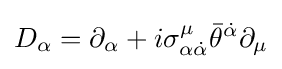
D_{\alpha }=\partial _{\alpha }+i\sigma _{\alpha {\dot {\alpha }}}^{\mu }{\bar {\theta }}^{\dot {\alpha }}\partial _{\mu }